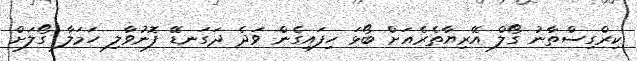
ކިރްގިސްތާނު ގޯލް އޭރިޔާތެރެއަށް ބޯޅަ ހިފައިގެން ވަދެ ދަގަނޑޭ ފޮނުވާލި ހަމަލާ ގޯލަށް